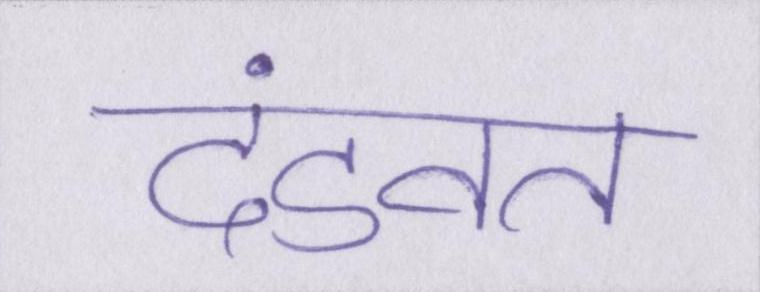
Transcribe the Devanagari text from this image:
दंडवत